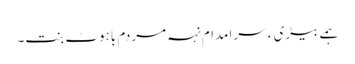
ہمے بیڑی ءِ سرا مدام نہہ مردم باہوٹ بنت۔